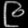
Digit: ၉